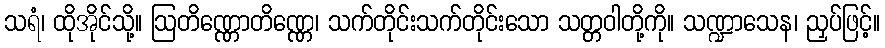
သရံ၊ ထိုအိုင်သို့။ ဩတိဏ္ဏောတိဏ္ဏေ၊ သက်တိုင်းသက်တိုင်းသော သတ္တဝါတို့ကို။ သဏ္ဍာသေန၊ ညှပ်ဖြင့်။